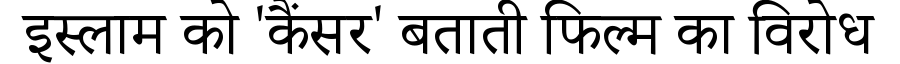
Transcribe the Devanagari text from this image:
इस्लाम को 'कैंसर' बताती फिल्म का विरोध